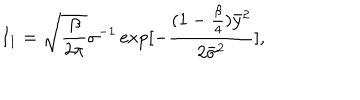
I _ { 1 } = \sqrt { \frac { \beta } { 2 \pi } } \sigma ^ { - 1 } \exp [ - \frac { ( 1 - \frac { \beta } { 4 } ) { \bar { y } } ^ { 2 } } { 2 { \bar { \sigma } } ^ { 2 } } ] ,